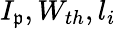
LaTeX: I_{\mathfrak{p}},W_{th},l_{i}